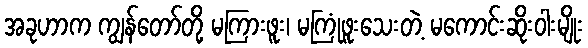
အခုဟာက ကျွန်တော်တို့ မကြားဖူး၊ မကြုံဖူးသေးတဲ့ မကောင်းဆိုးဝါးမျိုး